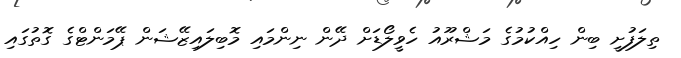
ތިލަފުށީ ބިން ހިއްކުމުގެ މަޝްރޫއު ހެވީލޯޑަށް ދޭން ނިންމައި މޮބިލައިޒޭޝަން ޕޭމަންޓްގެ ގޮތުގައި